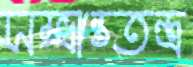
সম্ভ্রান্ততন্ত্র